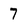
Character: 7